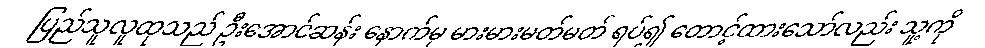
ပြည်သူလူထုသည် ဦးအောင်ဆန်း နောက်မှ မားမားမတ်မတ် ရပ်၍ တောင့်ထားသော်လည်း သူ့ကို